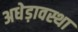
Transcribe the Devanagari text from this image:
अधेड़ावस्था